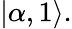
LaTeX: |\alpha,1\rangle.